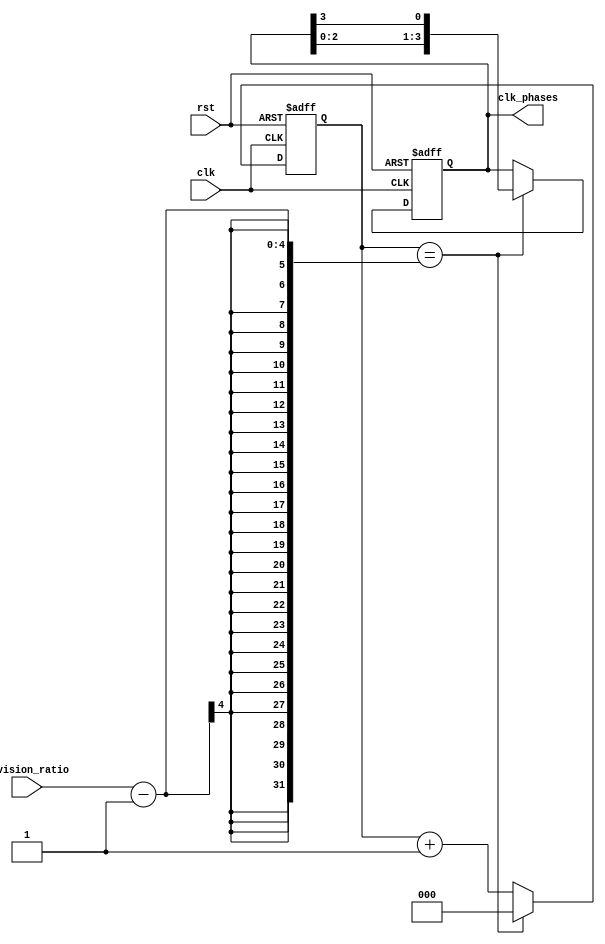
module multi_phase_clock_divider (
    input clk,
    input rst,
    input [3:0] division_ratio, // 4-bit parameter to determine division ratio
    output reg [3:0] clk_phases // 4-phase shifted clock signals
);

reg [2:0] counter;

always @(posedge clk or posedge rst) begin
    if (rst) begin
        counter <= 0;
        clk_phases <= 4'b0000;
    end else begin
        if (counter == division_ratio - 1) begin
            counter <= 0;
            clk_phases <= {clk_phases[2:0], clk_phases[3]};
        end else begin
            counter <= counter + 1;
        end
    end
end

endmodule